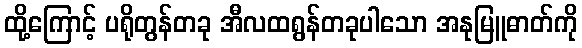
ထို့ကြောင့် ပရိုတွန်တခု အီလထရွန်တခုပါသော အနုမြူဓာတ်ကို